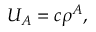
U _ { A } = c \rho ^ { A } ,